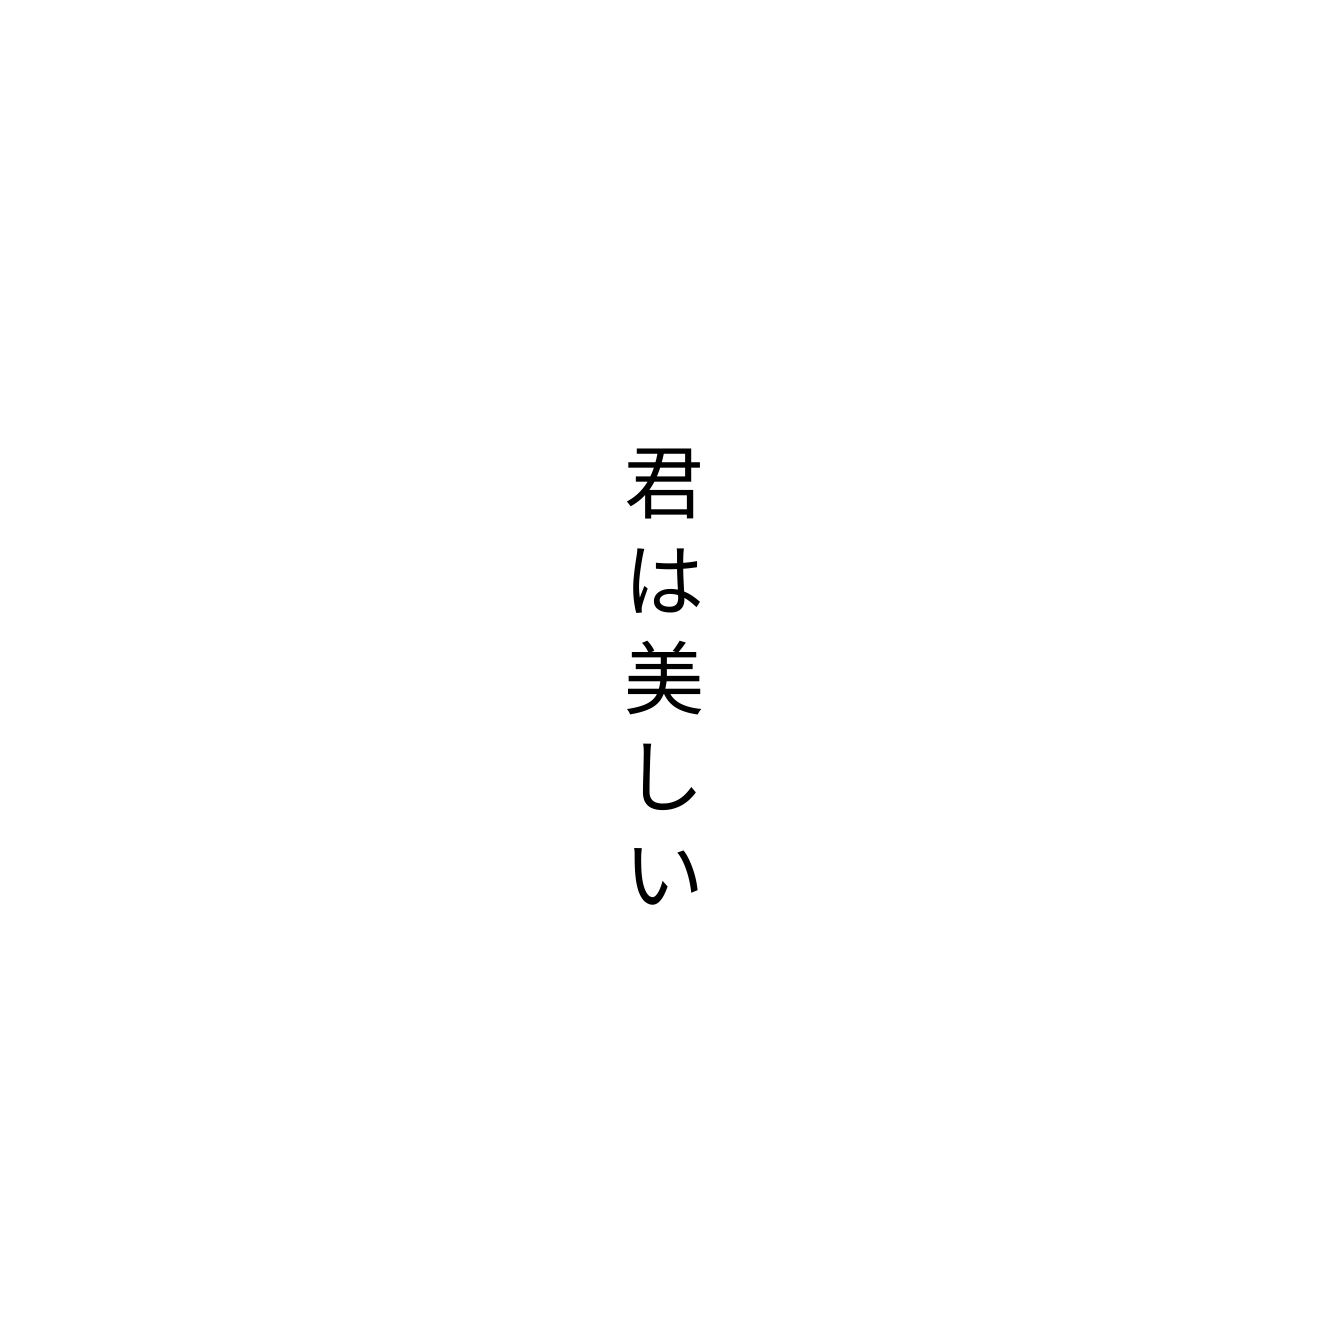
君は美しい